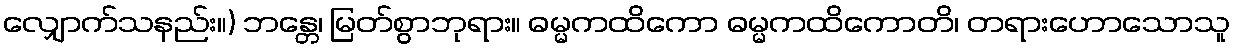
လျှောက်သနည်း။) ဘန္တေ၊ မြတ်စွာဘုရား။ ဓမ္မကထိကော ဓမ္မကထိကောတိ၊ တရားဟောသောသူ